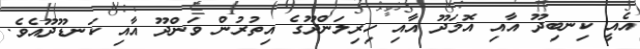
އެއީ ކިނބިދޫ އާއި އޮމަދޫ އާއި ހިރިލަންދޫގެ އިތުރުން ވަންދޫ އާއި ކަނޑޫދޫއެވެ.